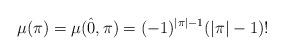
LaTeX: \begin{align*} \mu(\pi)= \mu(\hat{0}, \pi)= (-1)^{|\pi|-1} (|\pi|-1)! \end{align*}